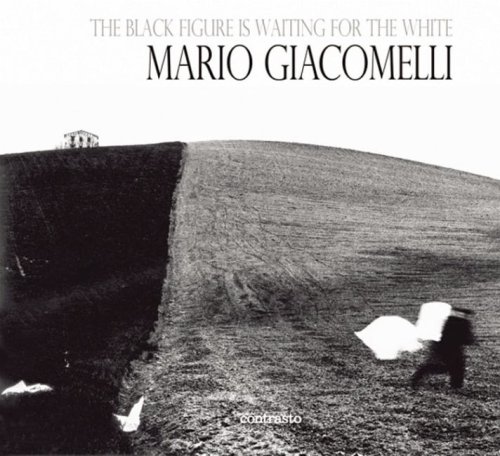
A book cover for The Black Is Waiting for the White: Mario Giacomelli Photographs; Arts & Photography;